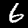
Digit: 6